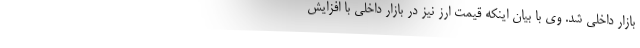
بازار داخلی شد. وی با بیان اینکه قیمت ارز نیز در بازار داخلی با افزایش